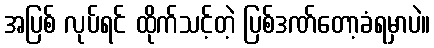
အပြစ် လုပ်ရင် ထိုက်သင့်တဲ့ ပြစ်ဒဏ်တော့ခံရမှာပဲ။